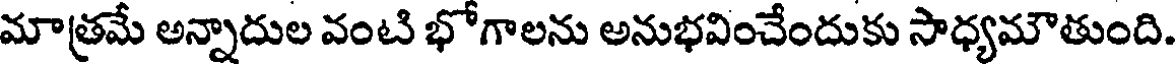
మాత్రమే అన్నాదుల వంటి భోగాలను అనుభవించేందుకు సాధ్యమౌతుంది.